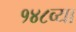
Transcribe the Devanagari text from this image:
१४८व्या